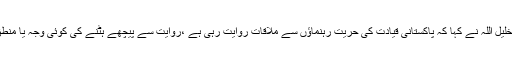
قاضی خلیل اللہ نے کہا کہ پاکستانی قیادت کی حریت رہنماؤں سے ملاقات روایت رہی ہے ،روایت سے پیچھے ہٹنے کی کوئی وجہ یا منطق نہیں۔